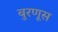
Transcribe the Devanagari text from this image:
बुरणूस